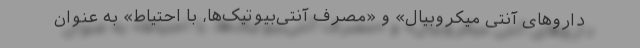
داروهای آنتی میکروبیال» و «مصرف آنتی‌بیوتیک‌ها، با احتیاط» به عنوان